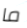
ما